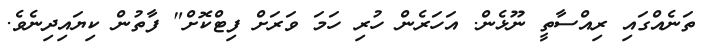
ތަނެއްގައި ރިއްސާތީ ނޫޅެން. އަހަރެން ހުރި ހަމަ ވަރަށް ފިޓްކޮށް" ފާތުން ކިޔައިދިނެވެ.